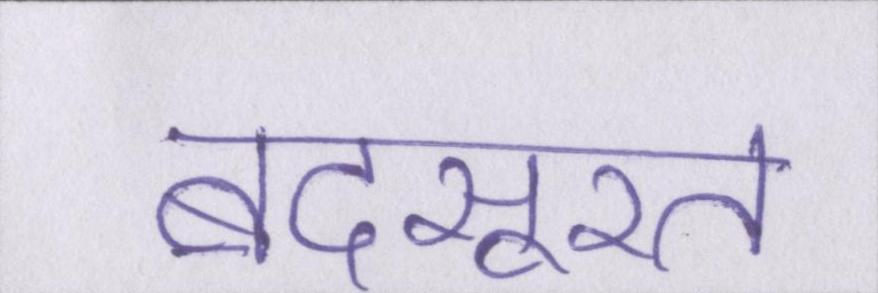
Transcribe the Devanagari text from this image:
बदसूरत